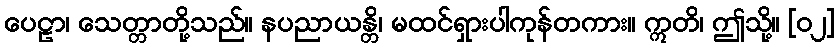
ပေဠာ၊ သေတ္တာတို့သည်။ နပညာယန္တိ၊ မထင်ရှားပါကုန်တကား။ ဣတိ၊ ဤသို့။ [၀၂]